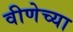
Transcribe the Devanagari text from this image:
वीणेच्या